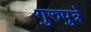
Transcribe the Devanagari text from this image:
गुरुपुत्रे